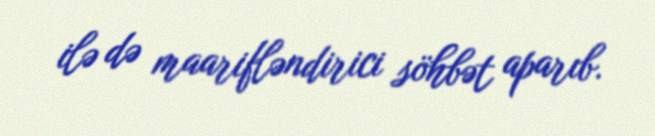
ilə də maarifləndirici söhbət aparıb.